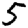
Digit: 5